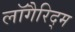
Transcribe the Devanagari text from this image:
लॉगैरिद्म